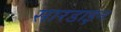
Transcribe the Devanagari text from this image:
सारडाइन